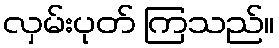
လှမ်းပုတ် ကြသည်။